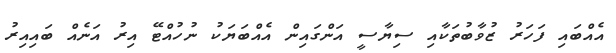
އެއްބައި ފަހަރު ޒުވާބުތަކާއި ސިޔާސީ އަންގައިން އެއްބަޔަކު ނުހުއްޓޭ އިރު އަނެއް ބައިއިރު